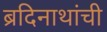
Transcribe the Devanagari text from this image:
ब्रदिनाथांची